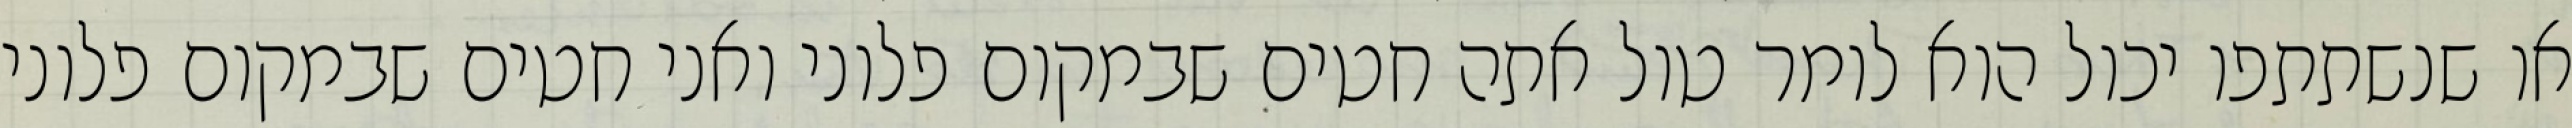
או שנשתתפו יכול הוא לומר טול אתה חטים שבמקום פלוני ואני חטים שבמקום פלוני